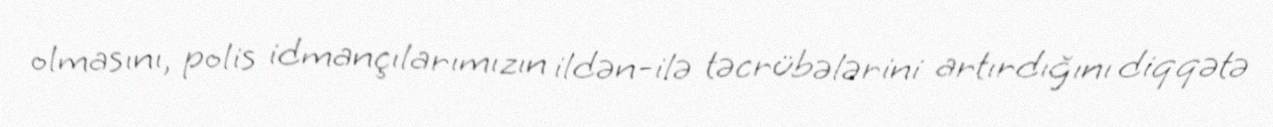
olmasını, polis idmançılarımızın ildən-ilə təcrübələrini artırdığını diqqətə